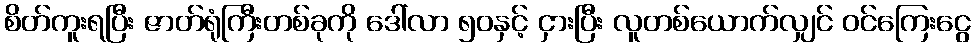
စိတ်ကူးရပြီး ဇာတ်ရုံကြီးတစ်ခုကို ဒေါ်လာ ၅၀နှင့် ငှားပြီး လူတစ်ယောက်လျှင် ဝင်ကြေးငွေ